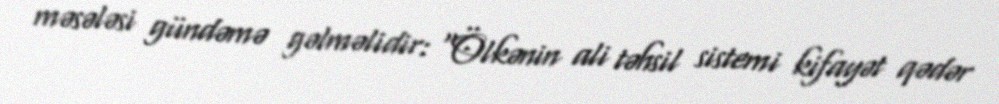
məsələsi gündəmə gəlməlidir: “Ölkənin ali təhsil sistemi kifayət qədər